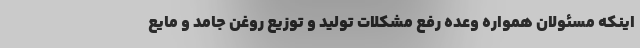
اینکه مسئولان همواره وعده رفع مشکلات تولید و توزیع روغن جامد و مایع